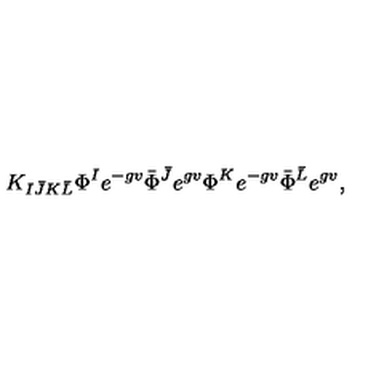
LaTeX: K _ { I \bar { J } K \bar { L } } \Phi ^ { I } e ^ { - g v } \bar { \Phi } ^ { \bar { J } } e ^ { g v } \Phi ^ { K } e ^ { - g v } \bar { \Phi } ^ { \bar { L } } e ^ { g v } ,